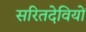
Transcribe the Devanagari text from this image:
सरितदेवियों